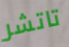
تاتشر